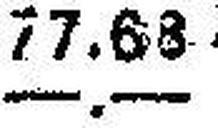
—.—